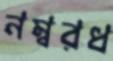
নম্বরধ